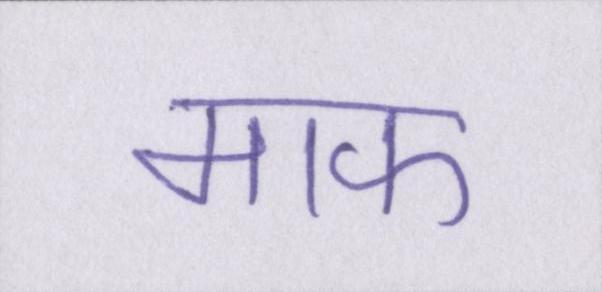
माफ